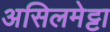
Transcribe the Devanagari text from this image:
असिलमेट्टा